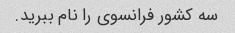
سه کشور فرانسوی را نام ببرید.